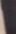
varda derföre härmedelst underrättade, att arf dem tillfallit,